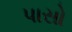
પાસો